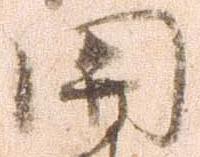
関